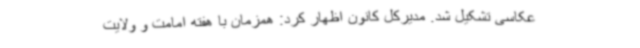
عکاسی تشکیل شد. مدیرکل کانون اظهار کرد: همزمان با هفته امامت و ولایت